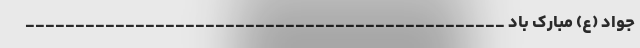
جواد (ع) مبارک باد ________________________________________________